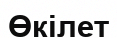
Өкілет